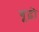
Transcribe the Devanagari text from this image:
बूढ़ो